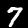
Digit: 7